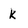
Character: k